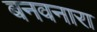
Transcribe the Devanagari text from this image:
बनवनारा